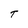
Character: T